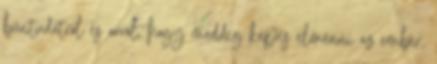
bűntudatról és arról, hogy meddig képes elmenni az ember,